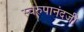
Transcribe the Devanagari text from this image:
स्वरुपानंदजी